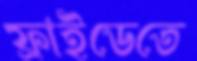
ফ্রাইডেতে